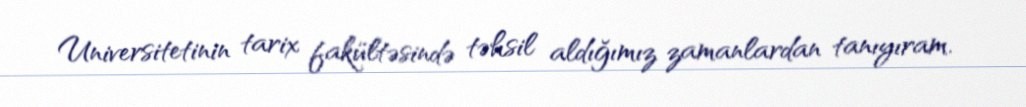
Universitetinin tarix fakültəsində təhsil aldığımız zamanlardan tanıyıram.